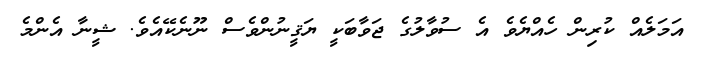
އަމަލެއް ކުރިން ހެއްޔެވެ އެ ސުވާލުގެ ޖަވާބަކީ ޔަޤީނުންވެސް ނޫނެކޭއެވެ. ޝީނާ އެންމެ